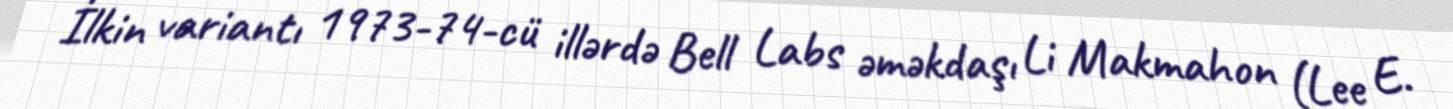
İlkin variantı 1973-74-cü illərdə Bell Labs əməkdaşı Li Makmahon (Lee E.